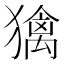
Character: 𤢌